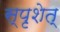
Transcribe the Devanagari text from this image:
स्पृशेत्